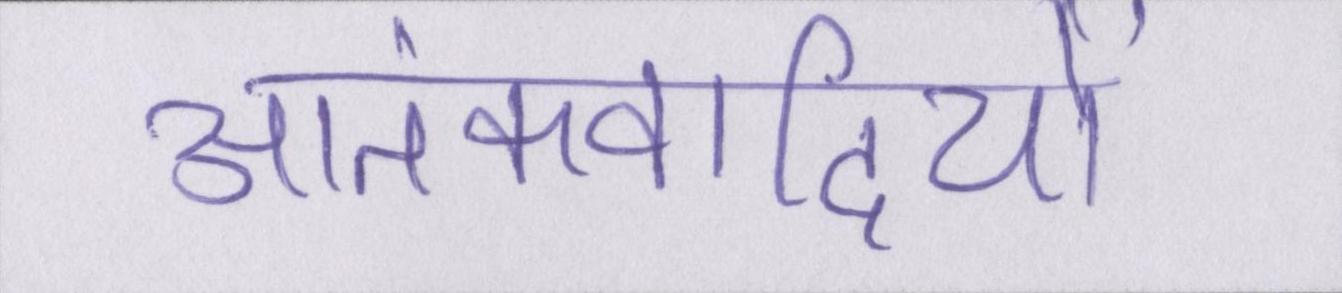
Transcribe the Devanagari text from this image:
आतंकवादियों